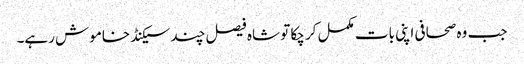
جب وہ صحافی اپنی بات مکمل کر چکا تو شاہ فیصل چند سیکنڈ خاموش رہے۔